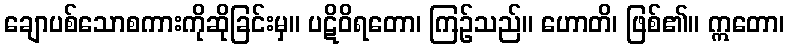
ချောပစ်သောစကားကိုဆိုခြင်းမှ။ ပဋိဝိရတော၊ ကြဉ်သည်။ ဟောတိ၊ ဖြစ်၏။ ဣတော၊